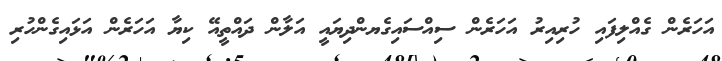
އަހަރެން ގެއްލިފައި ހުރިއިރު އަހަރެން ސިއްސައިގެޔންދިޔައީ އަލާން ދައްތީއޭ ކިޔާ އަހަރެން އަޅައިގެންހުރި